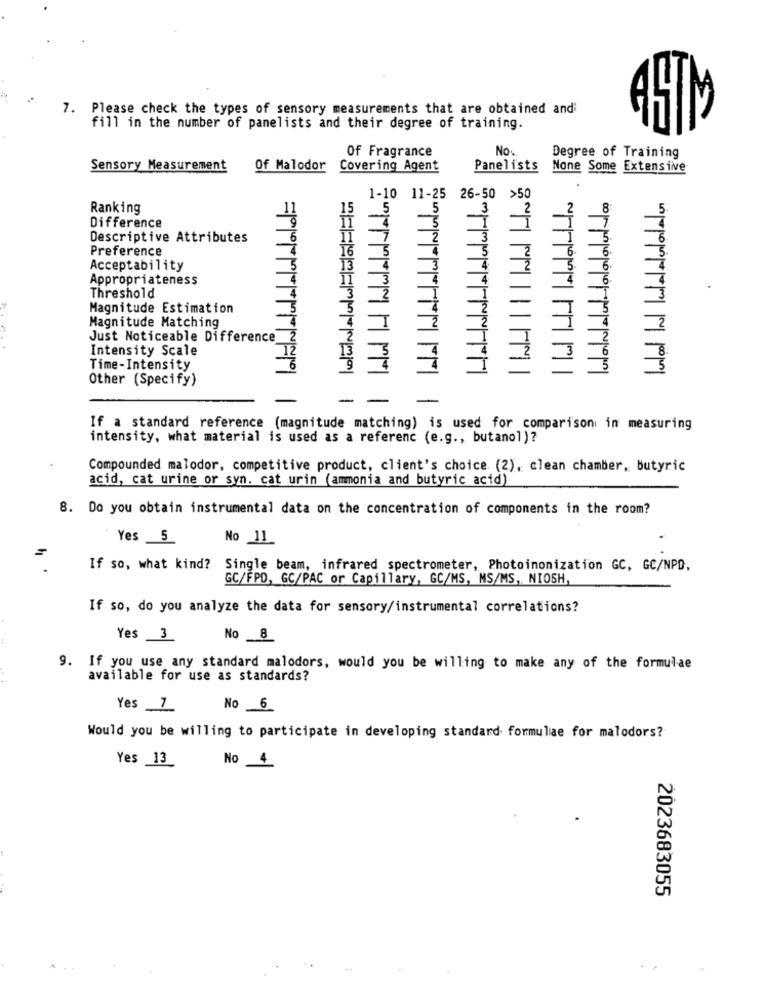
7. Please check the types of sensory measurements that are obtained and:
fill in the number of panelists and their degree of training.
Of Fragrance
No :.
Degree of Training
Sensory Measurement
Of Malodor
Covering Agent
Panelists
None Some Extensive
1-10 11-25 26-50 >50
IN
Ranking
5
5
3
5
Difference
4
Descriptive Attributes
7
2
3
Preference
16
5
Acceptability
13
Appropriateness
3
2
Threshold
Magnitude Estimation
Magnitude Matching
Just Noticeable Difference
Intensity Scale
Time-Intensity
5
Other (Specify)
If a standard reference (magnitude matching) is used for comparison in measuring
intensity, what material is used as a referenc (e.g ., butanol)?
Compounded malodor, competitive product, client's choice (2), clean chamber, butyric
acid, cat urine or syn. cat urin (ammonia and butyric acid)
8. Do you obtain instrumental data on the concentration of components in the room?
Yes 5
No 11
If so, what kind? Single beam, infrared spectrometer, Photoinonization GC, GC/NPD,
GC/FPD, GC/PAC or Capillary, GC/MS, MS/MS, NIOSH,
If so, do you analyze the data for sensory/instrumental correlations?
Yes 3
No 8
9. If you use any standard malodors, would you be willing to make any of the formulae
available for use as standards?
Yes 7
No 6
Would you be willing to participate in developing standard formulae for malodors?
Yes 13
No 4
2023683055